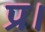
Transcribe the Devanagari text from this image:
प्र।